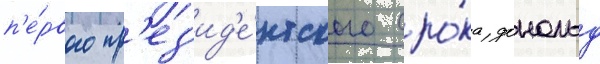
п'е́рвого пр'ез'ид'е́нтского сро́ка дональд